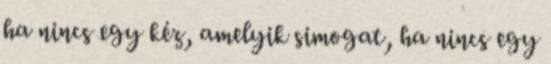
ha nincs egy kéz, amelyik simogat, ha nincs egy